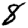
Digit: 8